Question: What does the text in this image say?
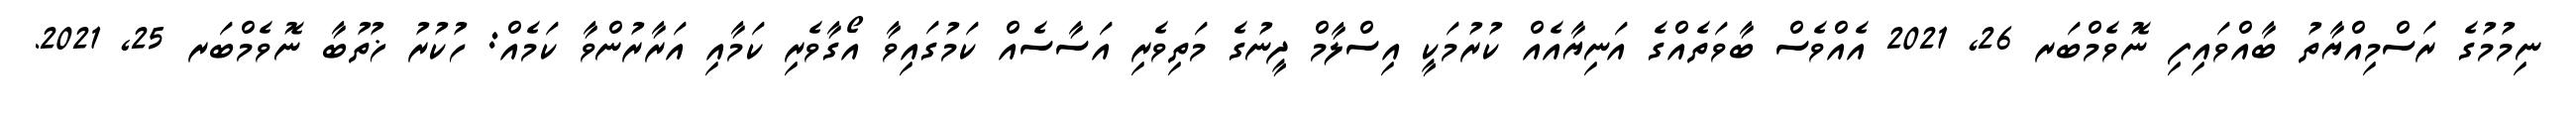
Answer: ނިމުމުގެ ރަސްމިއްޔާތު ބާއްވައިފި ނޮވެމްބަރ 26, 2021 އެއްވެސް ބާވަތެއްގެ އަނިޔާއެއް ކުރުމަކީ އިސްލާމް ދީނުގެ މަތިވެރި އަސާސެއް ކަމުގައިވާ އޯގާވެރި ކަމާއި އަރާރުންވާ ކަމެއް: ހުކުރު ޚުތުބާ ނޮވެމްބަރ 25, 2021.